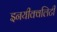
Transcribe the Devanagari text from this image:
इनयीक्वलिटी